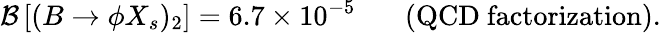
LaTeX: {\cal B}\left[(B\to\phi X_{s})_{2}\right]=6.7\times 10^{-5}~~~~~~~(\mathrm{QCD~factorization}).